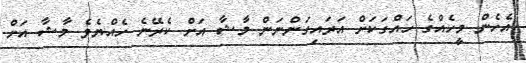
އެހެން މީހެއްގެ ހައްގަކަށް އަރައިގަންނަން މާޝާ އަށް ކެރޭނެ ހެއްޔެވެ މާޝާ އަށް